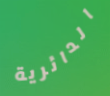
الدائرية